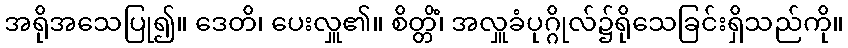
အရိုအသေပြု၍။ ဒေတိ၊ ပေးလှူ၏။ စိတ္တိံ၊ အလှူခံပုဂ္ဂိုလ်၌ရိုသေခြင်းရှိသည်ကို။